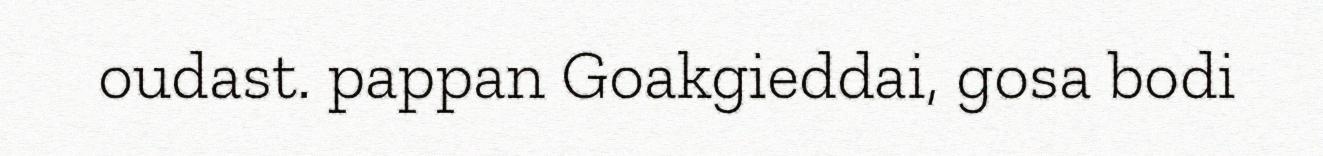
oudast. pappan Goakgieddai, gosa bodi